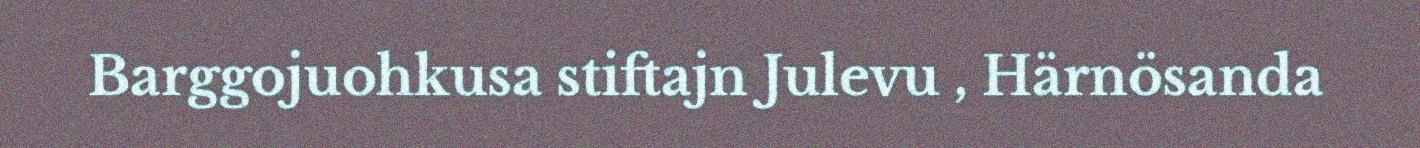
Barggojuohkusa stiftajn Julevu , Härnösanda